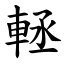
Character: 䡕